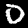
Label: 0